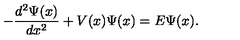
- \frac { d ^ { 2 } \Psi ( x ) } { d x ^ { 2 } } + V ( x ) \Psi ( x ) = E \Psi ( x ) .